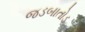
જડબાતોડ